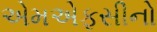
એમએફસીનો